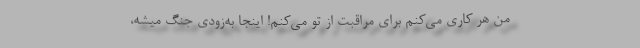
من هر کاری می‌کنم برای مراقبت از تو می‌کنم! اینجا به‌زودی جنگ میشه،